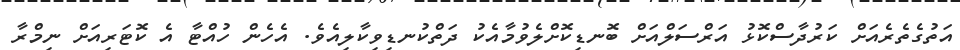
އަތުގެތެރެއަށް ކަރުދާސްކޮޅު އަރްސަލްއަށް ބޮނޑިކޮށްލެވުމާއެކު ދަތްކުނޑިވިކާލިއެވެ. އެހެން ހުއްޓާ އެ ކޮޓަރިއަށް ނިމްރާ